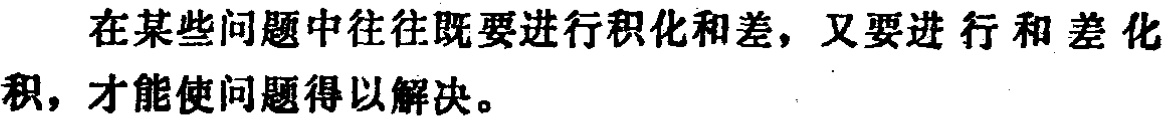
在某些问题中往往既要进行积化和差，又要进行和差化积，才能使问题得以解决。